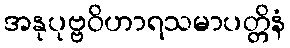
အနုပုဗ္ဗဝိဟာရသမာပတ္တိနံ